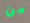
من